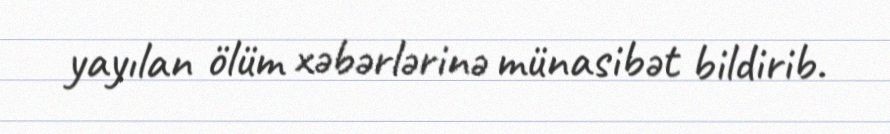
yayılan ölüm xəbərlərinə münasibət bildirib.